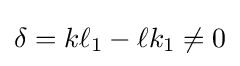
\delta =k\ell _{1}-\ell k_{1}\neq 0